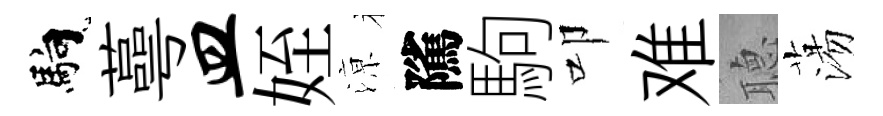
馿蕚皿姪鿌隲駒叩难𦗟蕩